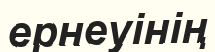
ернеуінің